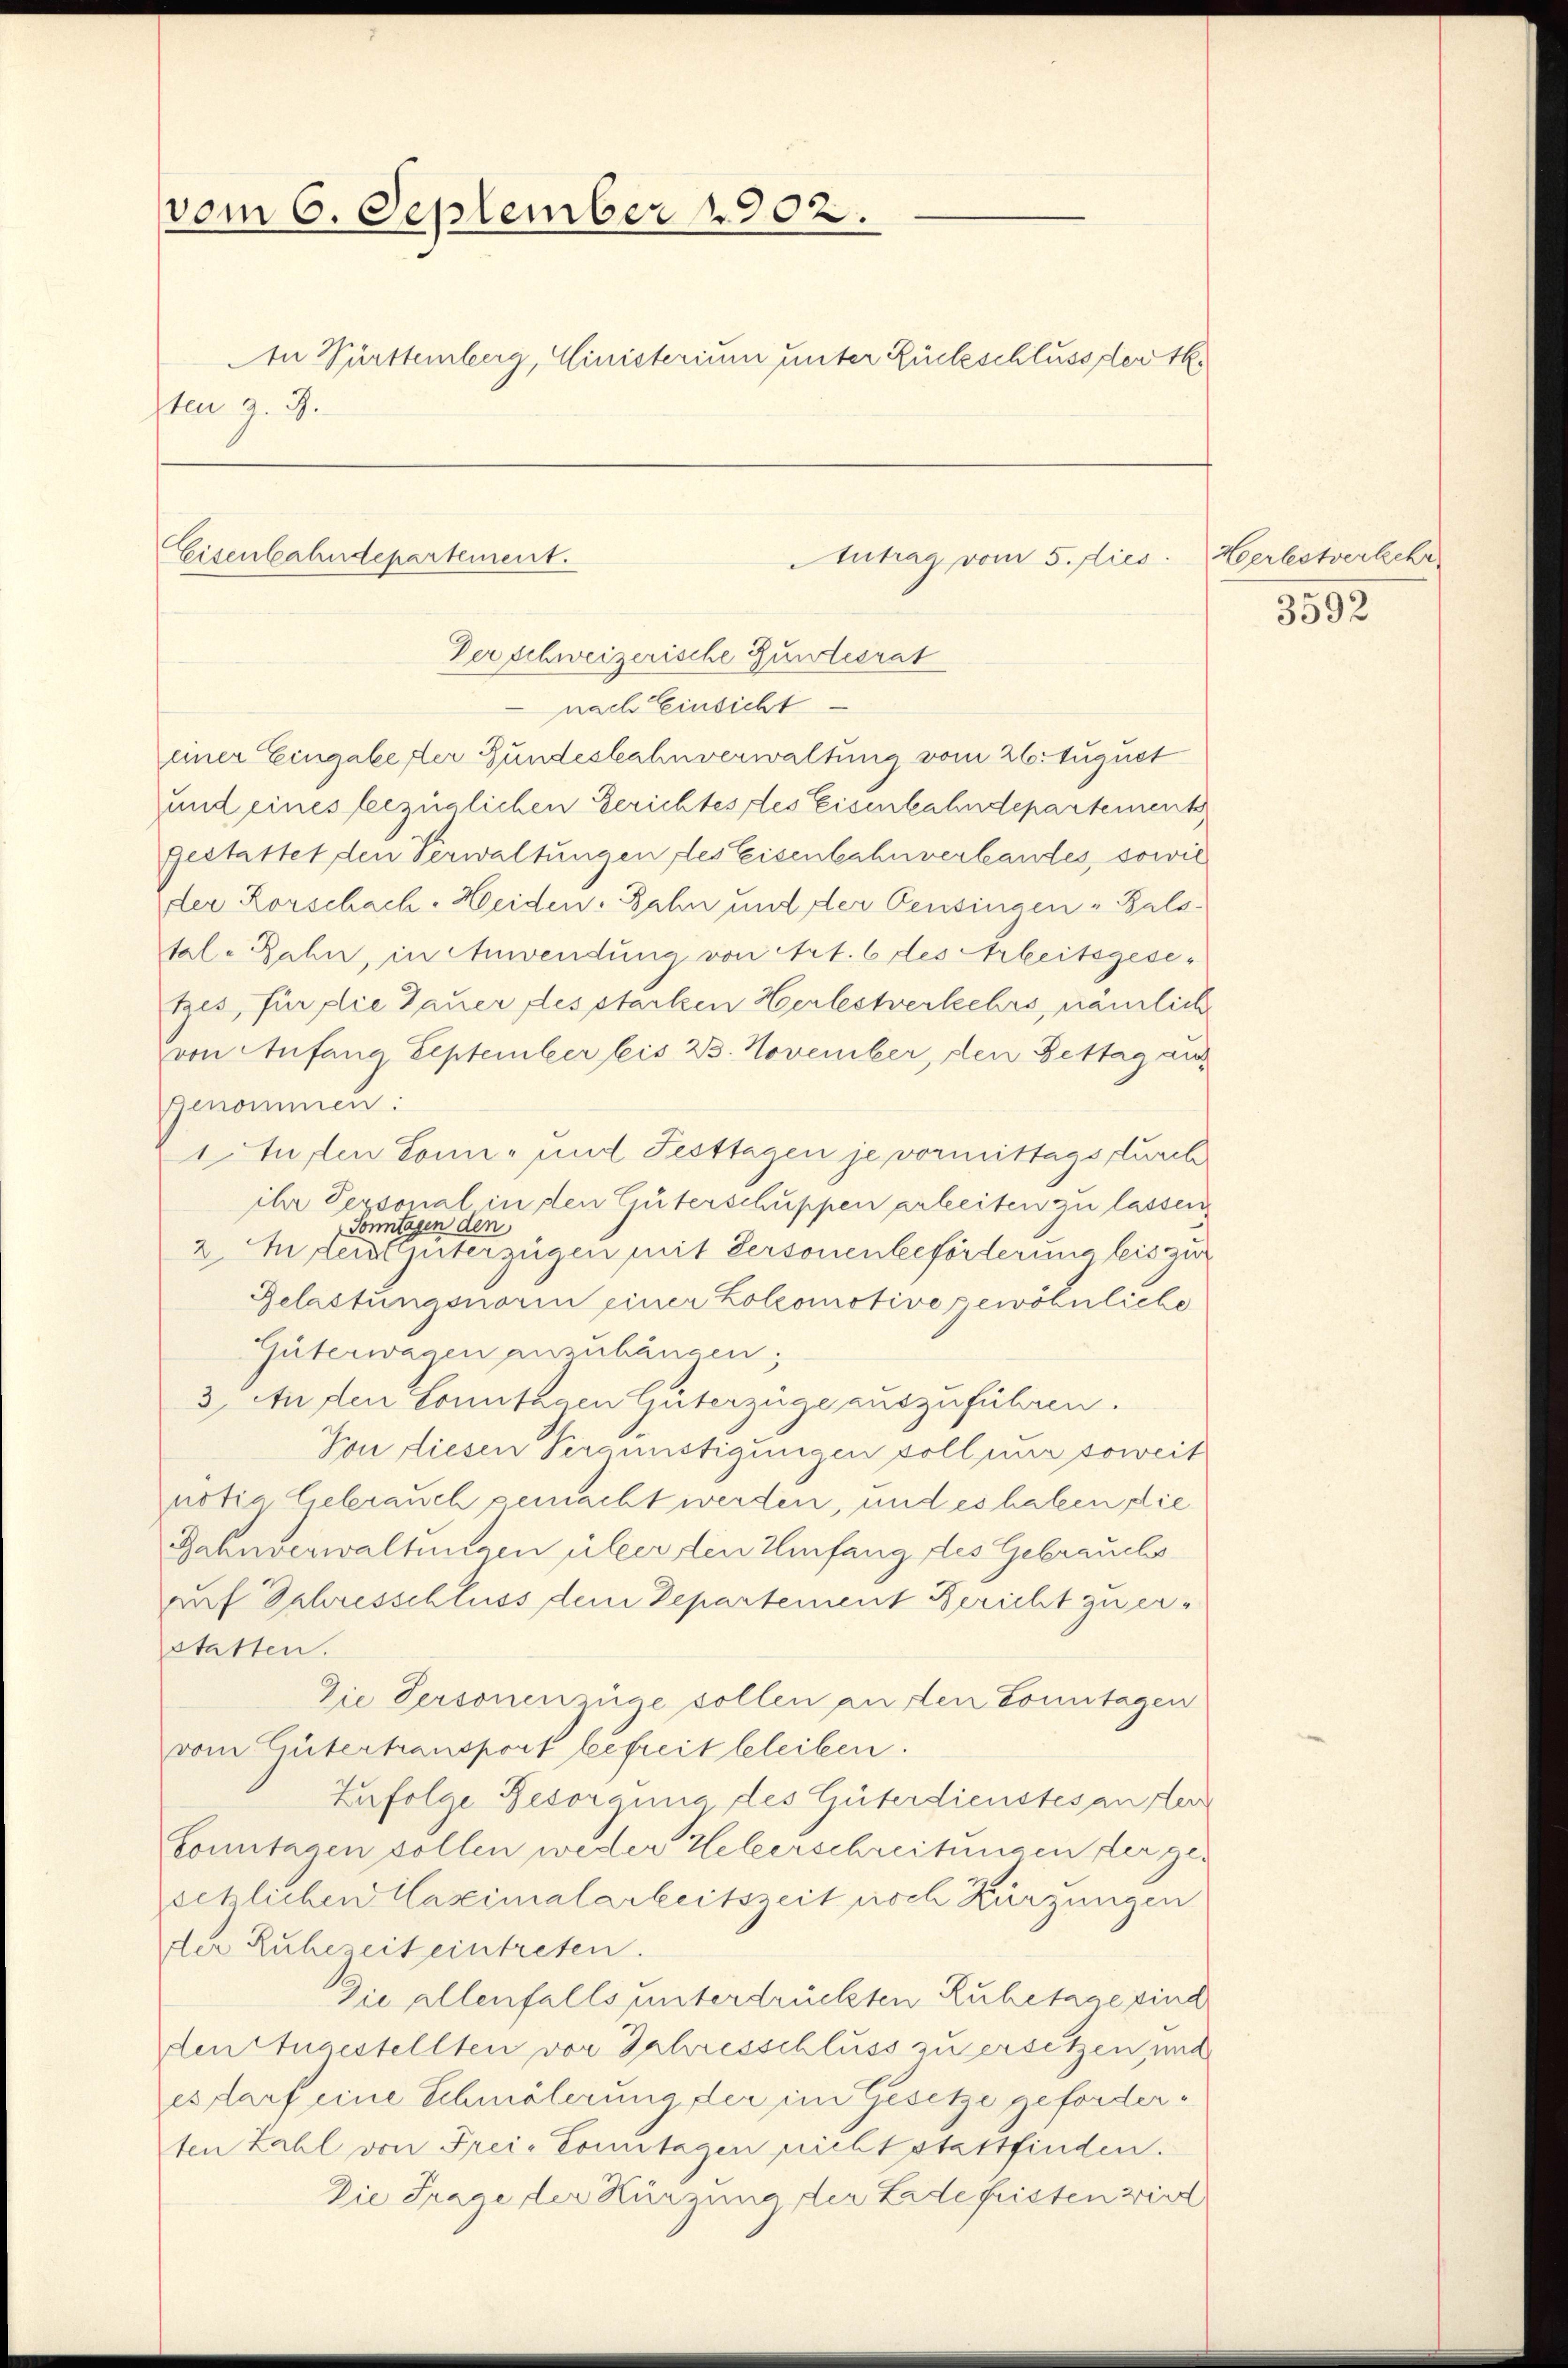
vom 6. September 1902.
An Württemberg, Ministerium unter Rückschluss der Th.
sten z. B.

Eisenbahndepartement.

Antrag vom 5. dies
Der schweizerische Gundesrat

nach Einsicht
einer Eingabe der Bundeskahnverwaltung vom 26. August
und eines bezüglichen Gerichtes des Eisenbahndepartements
gestattet den Verwaltungen, des Eisenbahnverlandes, sowie
der Rorschach. Heiden-Bahn und der Pensingen - Balstale Zahn, in Anwendung von Art. 6 des Arbeitsgesetzes, für die Dauer des starken Herlestverkehrs, nämliche
von Anfang September bis 23. November, den Bettag an
genommen:
1tufen Sonn- und Festtagen je vormittags durch
ihr Personal in den Güterschuppen arbeiten zu lassen
Sonntagen den
2. In der Güterzügen mit Personenbeförderung bis zur
Gelastungsnorin einer Zolzomotive gewöhnliche
Güterwagen anzuhängen.
3. An den Sonntagen Güterzüge auszuführen.
Von diesen Vergünstigungen soll nur soweit
notia liebrauch gemacht werden, und es haben die
Rahnverwaltungen über den Einfang des Gebrauchs
auf Schresschluss dem Departement Bericht zu erstatten.
Die Personenzüge sollen an den Sonntagen
vom Gütertransport befreit beleiben.
Zufolge Besorgung des Güterdienstes an der
Conntagen sollen weder Heberschreitungen der gesetzlichen Caseimalarbeitszeit noch Kürzungen
der Ruhezeit eintreten.
Die allenfalls unterdrückten Ruhetage sind
den Angestellten vor Jahresschluss zu ersetzen, und
es darf eine Schmälerung der im Gesetze geforderten Zahl von Frei-Comitagen nicht stattfinden.
Die Frage der Kürzung der Lade fristen wird

Herlestverschr
3592